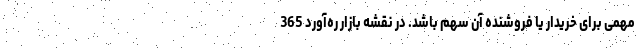
مهمی برای خریدار یا فروشنده آن سهم باشد. در نقشه بازار ره‌آورد 365